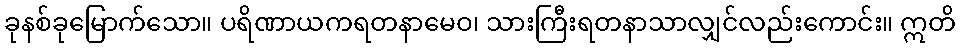
ခုနစ်ခုမြောက်သော။ ပရိဏာယကရတနာမေဝ၊ သားကြီးရတနာသာလျှင်လည်းကောင်း။ ဣတိ